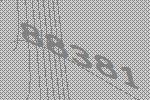
88381